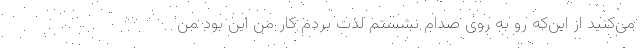
می‌کنید از این‌که رو به روی صدام نشستم لذت بردم کار من این بود من